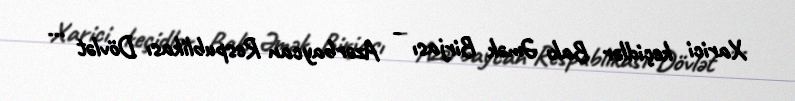
Xarici keçidlər Bakı Əmək Birjası - Azərbaycan Respublikası Dövlət ...